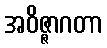
အဝိဇ္ဇာဂတာ